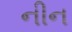
નીન